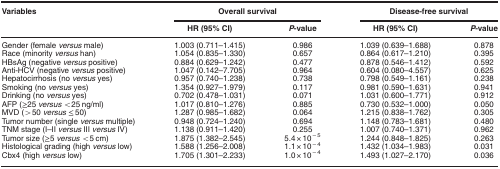
<table><thead><tr><td><b>Variables</b></td><td colspan="2"><b>Overall survival</b></td><td colspan="2"><b>Disease-free survival</b></td></tr><tr><td><b> </b></td><td><b>HR (95% CI)</b></td><td><b><i>P</i>-value</b></td><td><b>HR (95% CI)</b></td><td><b><i>P</i>-value</b></td></tr></thead><tbody><tr><td>Gender (female <i>versus</i> male)</td><td>1.003 (0.711–1.415)</td><td>0.986</td><td>1.039 (0.639–1.688)</td><td>0.878</td></tr><tr><td>Race (minority <i>versus</i> han)</td><td>1.054 (0.835–1.330)</td><td>0.657</td><td>0.864 (0.617–1.210)</td><td>0.395</td></tr><tr><td>HBsAg (negative <i>versus</i> positive)</td><td>0.884 (0.629–1.242)</td><td>0.477</td><td>0.878 (0.546–1.412)</td><td>0.592</td></tr><tr><td>Anti-HCV (negative <i>versus</i> positive)</td><td>1.047 (0.142–7.705)</td><td>0.964</td><td>0.604 (0.080–4.557)</td><td>0.625</td></tr><tr><td>Hepatocirrhosis (no <i>versus</i> yes)</td><td>0.957 (0.740–1.238)</td><td>0.738</td><td>0.798 (0.549–1.161)</td><td>0.238</td></tr><tr><td>Smoking (no <i>versus</i> yes)</td><td>1.354 (0.927–1.979)</td><td>0.117</td><td>0.981 (0.590–1.631)</td><td>0.941</td></tr><tr><td>Drinking (no <i>versus</i> yes)</td><td>0.702 (0.478–1.031)</td><td>0.071</td><td>1.031 (0.600–1.771)</td><td>0.912</td></tr><tr><td>AFP (≥25 <i>versus</i> &lt;25 ng/ml)</td><td>1.017 (0.810–1.276)</td><td>0.885</td><td>0.730 (0.532–1.000)</td><td>0.050</td></tr><tr><td>MVD (&gt;50 <i>versus</i> ≤50)</td><td>1.287 (0.985–1.682)</td><td>0.064</td><td>1.215 (0.838–1.762)</td><td>0.305</td></tr><tr><td>Tumor number (single <i>versus</i> multiple)</td><td>0.948 (0.724–1.240)</td><td>0.694</td><td>1.148 (0.783–1.681)</td><td>0.480</td></tr><tr><td>TNM stage (I–II <i>versus</i> III <i>versus</i> IV)</td><td>1.138 (0.911–1.420)</td><td>0.255</td><td>1.007 (0.740–1.371)</td><td>0.962</td></tr><tr><td>Tumor size (≥5 <i>versus</i> &lt;5 cm)</td><td>1.875 (1.382–2.545)</td><td>5.4 × 10<sup>−5</sup></td><td>1.244 (0.848–1.825)</td><td>0.263</td></tr><tr><td>Histological grading (high <i>versus</i> low)</td><td>1.588 (1.256–2.008)</td><td>1.1 × 10<sup>−4</sup></td><td>1.432 (1.034–1.983)</td><td>0.031</td></tr><tr><td>Cbx4 (high <i>versus</i> low)</td><td>1.705 (1.301–2.233)</td><td>1.0 × 10<sup>−4</sup></td><td>1.493 (1.027–2.170)</td><td>0.036</td></tr></tbody></table>